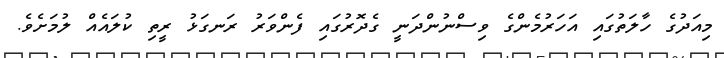
މިއަދުގެ ހާލަތުގައި އަހަރުމެންގެ ވިސްނުންދަނީ ގެދޮރުގައި ފެންވަރު ރަނގަޅު ރީތި ކުލައެއް ލުމަށެވެ.